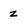
Character: z